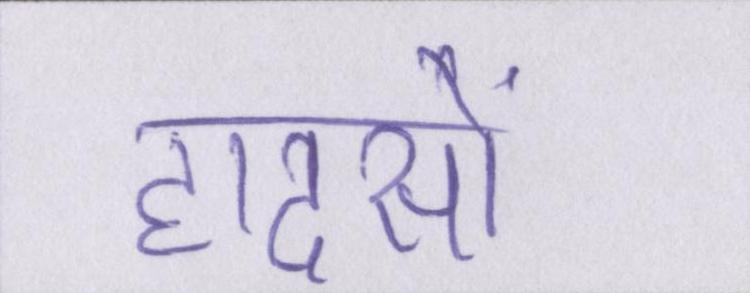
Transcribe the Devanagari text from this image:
हादसों